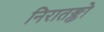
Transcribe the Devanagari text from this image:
निरातङ्को